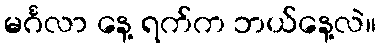
မင်္ဂလာ နေ့ ရက်က ဘယ်နေ့လဲ။